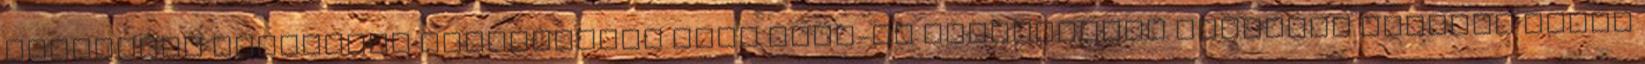
higiéniai előírások ismertetése AQUA Make-Up alkalmazása modellen alkalmi smink